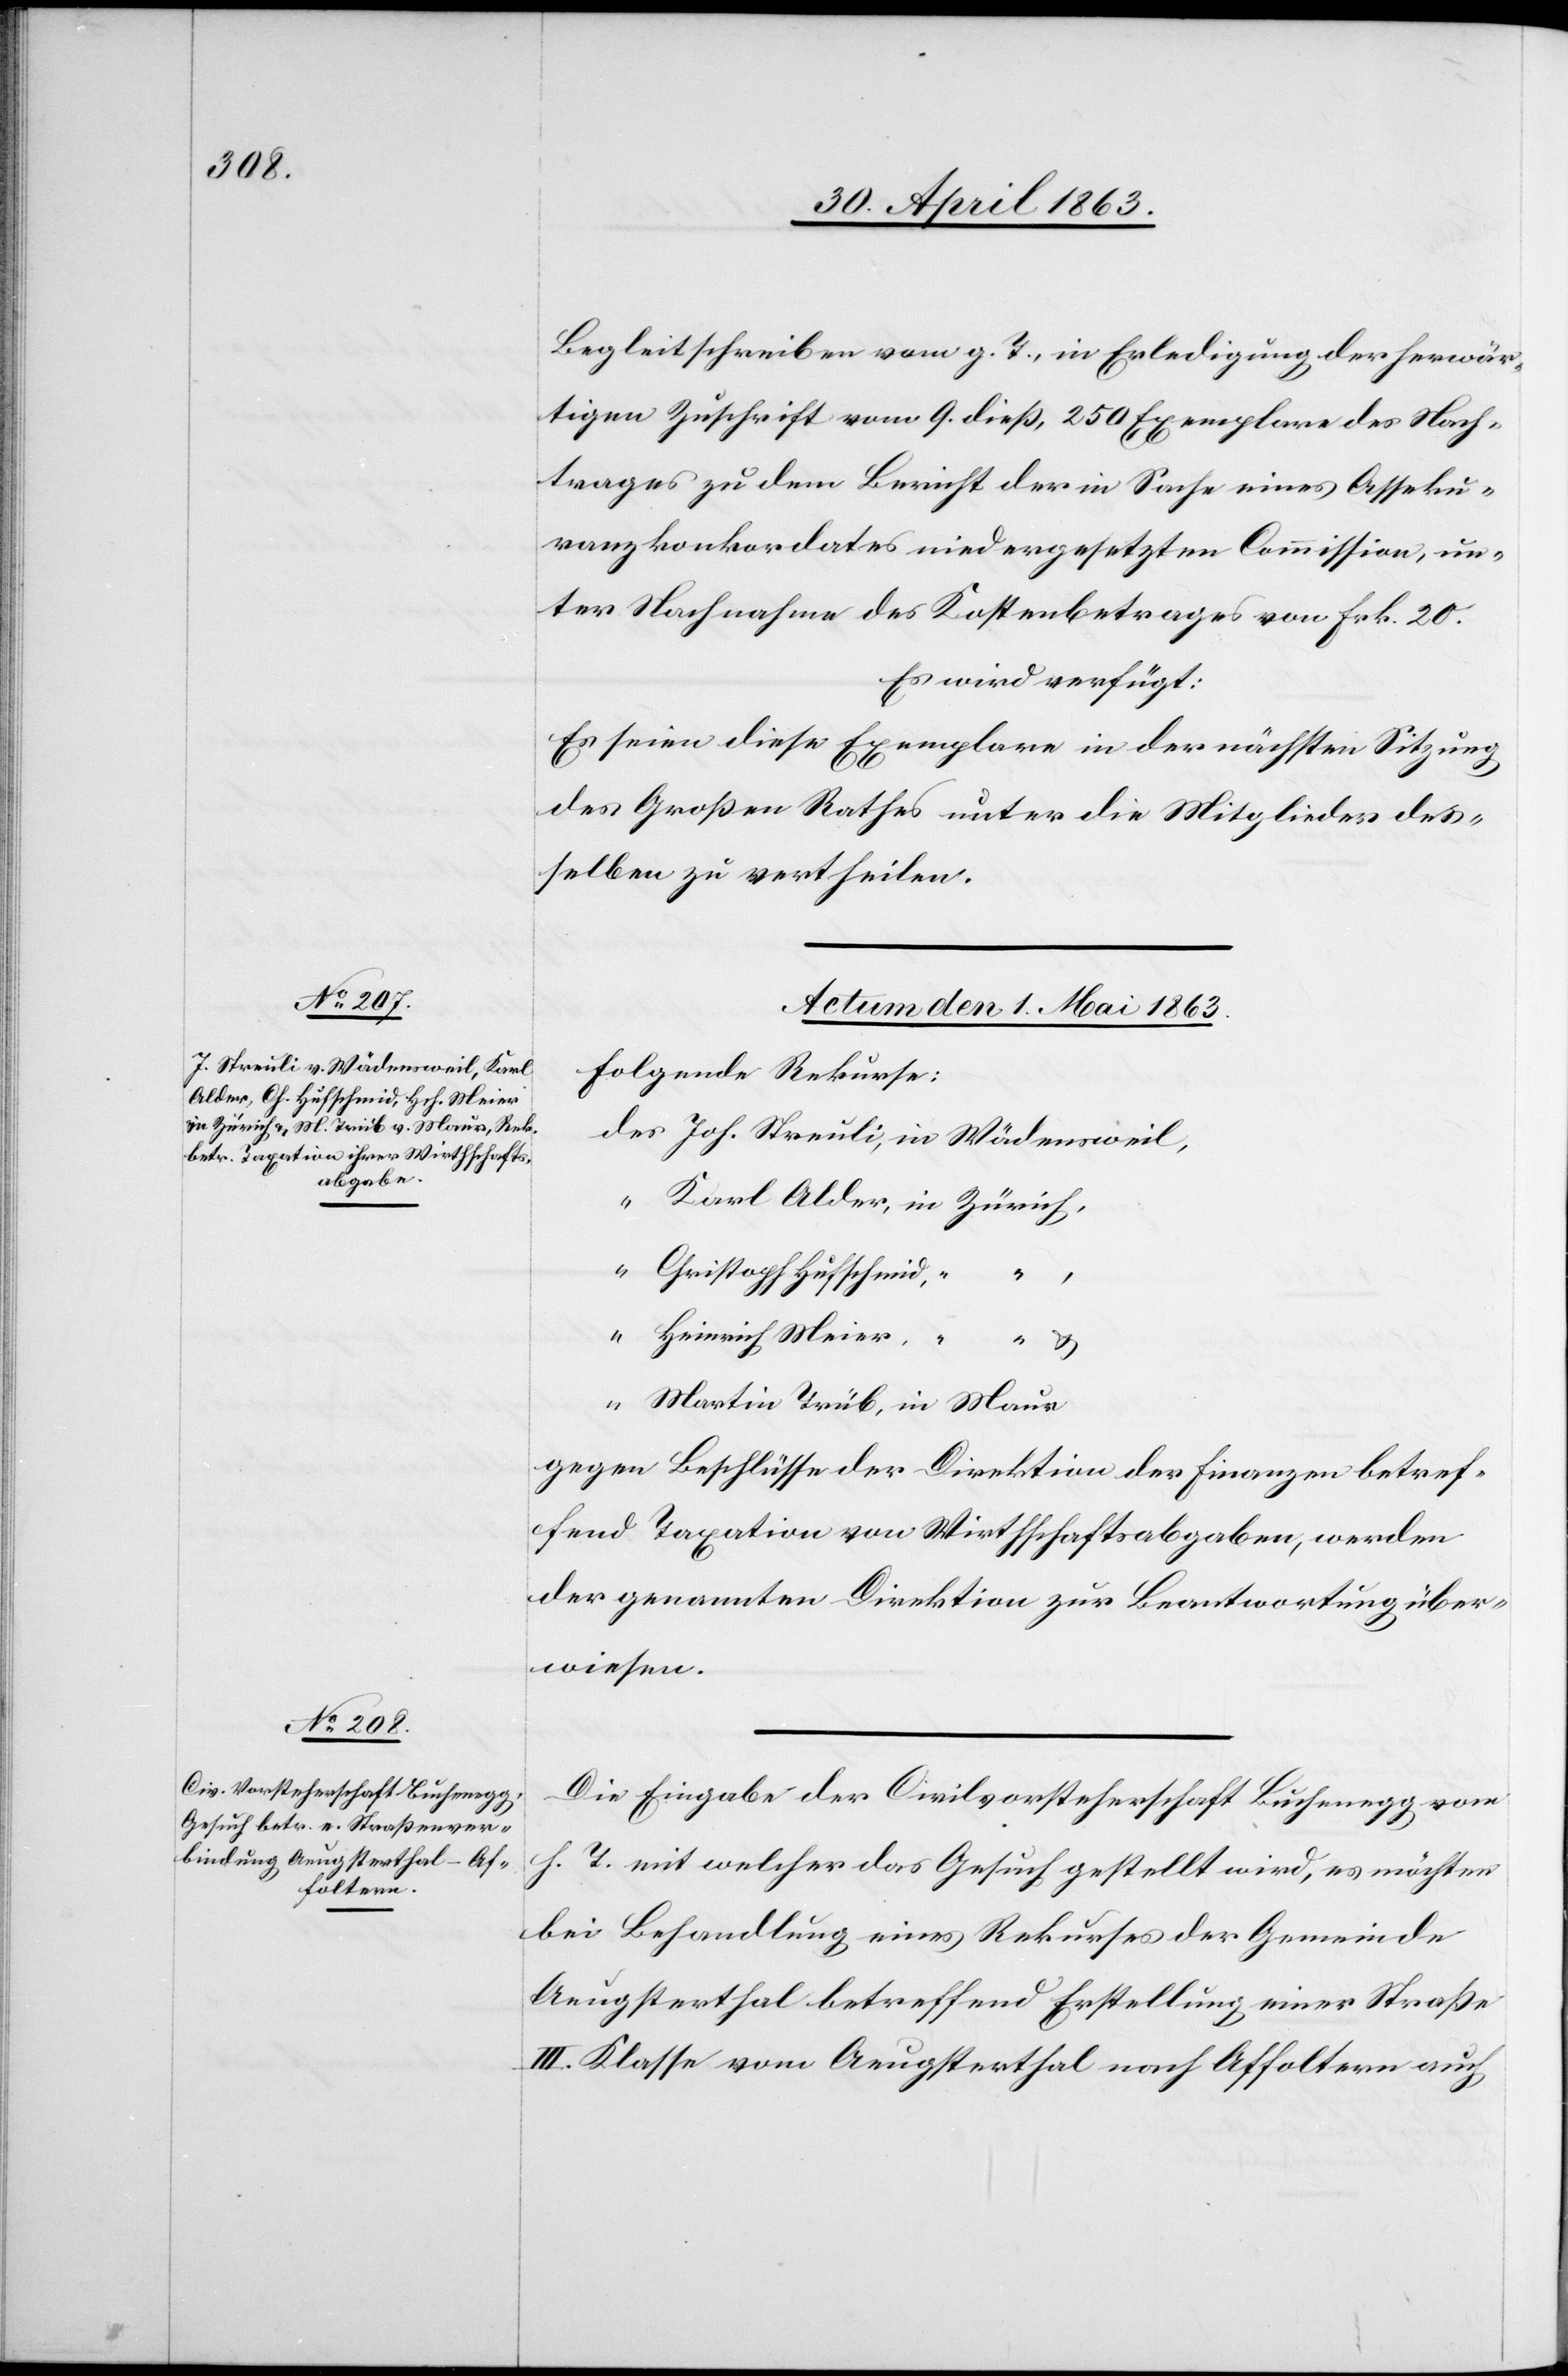
Begleitschreiben vom g. T., in Erledigung der herwär¬
tigen Zuschrift vom 9. dieß, 250 Exemplare des Nach¬
trages zu dem Bericht der in Sache eines Asseku¬
ranzkonkordates niedergesetzten Commission, un¬
ter Nachnahme des Kostenbetrages von Frk. 20.
Es wird verfügt:
Es seien diese Exemplare in der nächsten Sitzung
des Großen Rathes unter die Mitglieder des¬
selben zu vertheilen.
Actum den 1. Mai 1863.]
Folgende Rekurse:
des Joh. Streuli, in Wädensweil,
“	Karl Adler,	in Zürich,
“	Christoph Hufschmid,
“	Heinrich Meier,
“	Martin Trüb, in Maur
gegen Beschlüsse der Direktion der Finanzen betref¬
fend Taxation von Wirthschaftsabgaben, werden
der genannten Direktion zur Beantwortung über¬
wiesen.
Die Eingabe der Civilvorsteherschaft Buchenegg vom
h. T. mit welcher das Gesuch gestellt wird, es möchten
bei Behandlung eines Rekurses der Gemeinde
Aeugsterthal betreffend Erstellung einer Straße
III. Klasse vom Aeugsterthal nach Affoltern auch